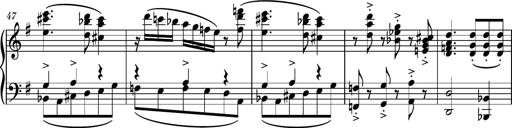
Title: Piano Sonatina No.7
Composer: Dimitri Sykias
Key: G major